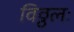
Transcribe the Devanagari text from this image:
विठ्ठलः